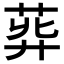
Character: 𦱭